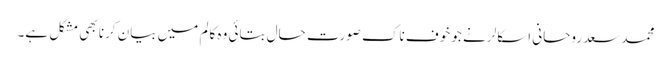
محمد سعد روحانی اسکالر نے جو خوف ناک صورت حال بتائی وہ کالم میں بیان کرنا بھی مشکل ہے۔